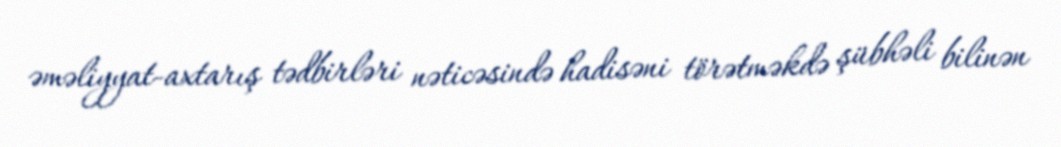
əməliyyat-axtarış tədbirləri nəticəsində hadisəni törətməkdə şübhəli bilinən